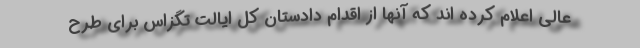
عالی اعلام کرده اند که آنها از اقدام دادستان کل ایالت تگزاس برای طرح